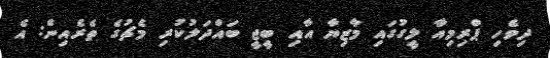
ދިވެހި ޕްރިމިއާ ލީގުގައި މާޒިޔާ އާއި ބީޖީ ބައްދަލުކުރި މެޗުގެ ތެރެއިން: އެ